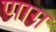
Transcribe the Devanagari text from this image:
णाग